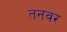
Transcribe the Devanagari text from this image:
तनवर